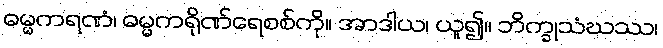
ဓမ္မကရဏံ၊ ဓမ္မကရိုဏ်ရေစစ်ကို။ အာဒါယ၊ ယူ၍။ ဘိက္ခုသံဃဿ၊